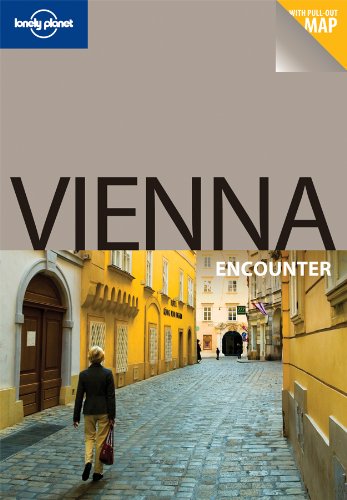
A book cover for Lonely Planet Vienna Encounter (Travel Guide); Lonely Planet; Travel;